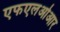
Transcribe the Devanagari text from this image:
एफएलओआर